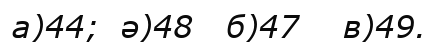
а)44;  ә)48   б)47    в)49.